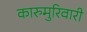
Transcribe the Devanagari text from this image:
कारुमुरिवारी